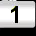
Digit: 1